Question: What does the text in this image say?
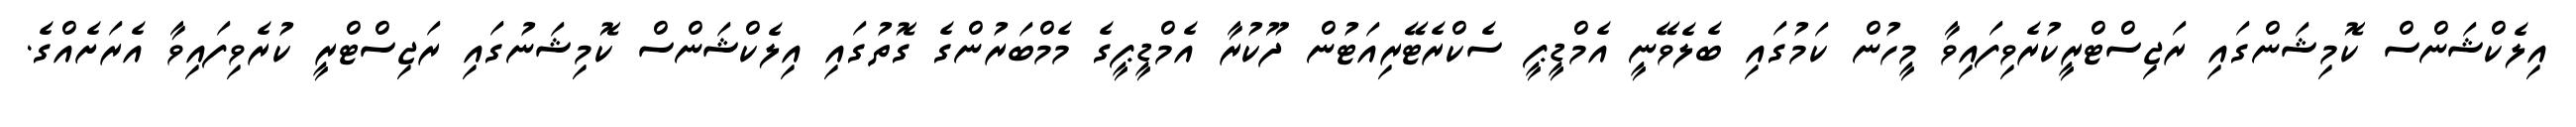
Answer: އިލެކްޝަންސް ކޮމިޝަންގައި ރަޖިސްޓްރީކުރެވިފައިވާ މީހުން ކަމުގައި ބެލެވޭނީ އެމްޑީޕީ ސެކްރެޓޭރިއަޓުން ދޫކުރާ އެމްޑީޕީގެ މެމްބަރުންގެ ގޮތުގައި އިލެކްޝަންސް ކޮމިޝަނުގައި ރަޖިސްޓްރީ ކުރެވިފައިވާ އެރަށެއްގެ.